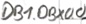
Text: DB1.DBX0.0